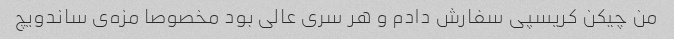
من چیکن کریسپی سفارش دادم و هر سری عالی بود مخصوصا مزه‌ی ساندویچ